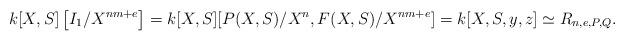
LaTeX: \begin{align*}k[X,S]\left[I_{1}/X^{nm+e}\right]=k[X,S][P(X,S)/X^{n},F(X,S)/X^{nm+e}]=k[X,S,y,z]\simeq R_{n,e,P,Q}.\end{align*}